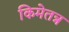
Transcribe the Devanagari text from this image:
किमेतन्न